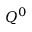
Q ^ { 0 }